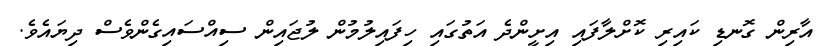
އާރިން ގޮނޑި ކައިރި ކޮށްލާފައި އިށީންދެ އަތުގައި ހިފައިލުމުން ލުޖައިން ސިއްސައިގެންވެސް ދިޔައެވެ.